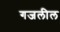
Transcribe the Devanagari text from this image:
गजलील